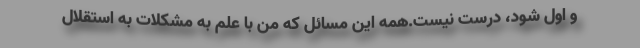
و اول شود، درست نیست.همه این مسائل که من با علم به مشکلات به استقلال